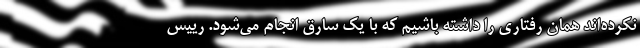
نکرده‌اند همان رفتاری را داشته باشیم که با یک سارق انجام می‌شود. رییس